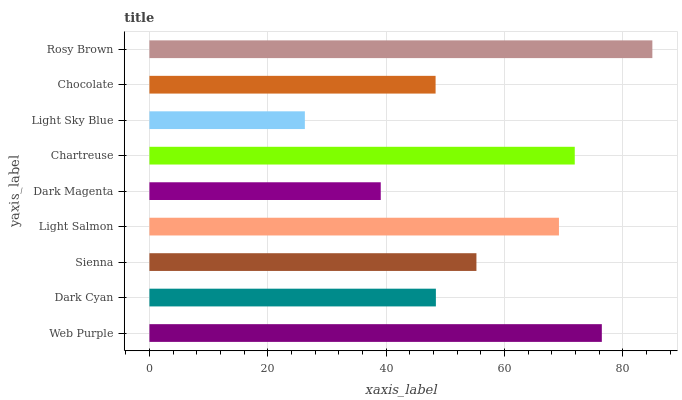
| yaxis_label | bars |
 | --- | --- |
 | Web Purple | 76.4 |
 | Dark Cyan | 48.4 |
 | Sienna | 55.3 |
 | Light Salmon | 69.2 |
 | Dark Magenta | 39.1 |
 | Chartreuse | 71.9 |
 | Light Sky Blue | 26.3 |
 | Chocolate | 48.4 |
 | Rosy Brown | 85 |